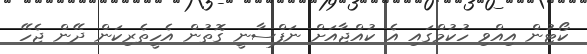
ކޯޓުން އިއްވި ހުކުމްގައި އެ ކުއްޖާއަށް ނަފްސާނީ ގޮތުން އެހީތެރިކަން ދޭން ޖެހޭ